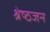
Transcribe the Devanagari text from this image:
श्रेष्‍ठजन